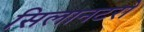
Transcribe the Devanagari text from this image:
सिलानटरो